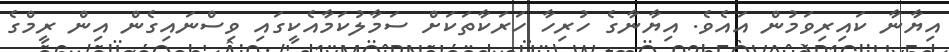
އިޔާނާ ކައިރިވަމުން އައެވެ. އިޔާނާގެ ހުރިހާ ހަރަކާތަކަށް ސަމާލުކަމާއެކީގައި ވިސްނައިގެން އިން ރީމްގެ